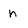
Character: n